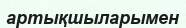
артықшыларымен